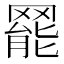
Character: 𦋼